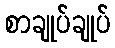
စာချုပ်ချုပ်